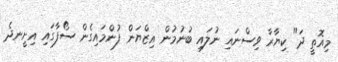
މިއޮތީ ދަ" ކިޔާރާ ވިސްނައި ނުލައި ބުނުމުން އިޒްޔަން ފުންމައިގެން ސޯފާގައި އިށީނދެ